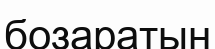
бозаратын